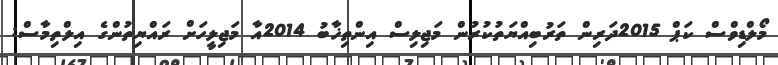
މޯލްޑިވްސް ކަޕް 2015ދަރިން ތަރުބިއްޔަތުކުރުން މަޖިލިސް އިންތިޚާބު 2014އާ މަޖިލީހަށް ރައްޔިތުންގެ އިލްތިމާސް: